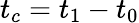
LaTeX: t_{c}=t_{1}-t_{0}